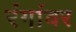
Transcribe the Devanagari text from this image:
रंगांवर